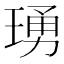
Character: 𬍺